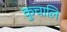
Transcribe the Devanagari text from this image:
कुचालि